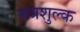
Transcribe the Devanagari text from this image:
सत्रशुल्क